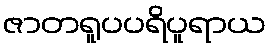
ဇာတရူပပရိပူရာယ